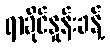
ရာခိုင်နှုန်းခန့်